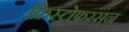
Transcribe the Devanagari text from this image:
क्रिस्टोफ़रसन